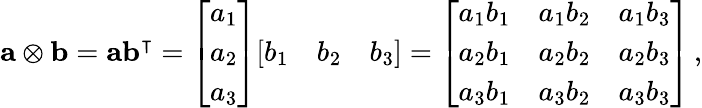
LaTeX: \mathbf{a}\otimes\mathbf{b}=\mathbf{a}\mathbf{b}^{\intercal}={\left[\begin{array}{l}{a_{1}}\\ {a_{2}}\\ {a_{3}}\end{array}\right]}{\left[\begin{array}{lll}{b_{1}}&{b_{2}}&{b_{3}}\end{array}\right]}={\left[\begin{array}{lll}{a_{1}b_{1}}&{a_{1}b_{2}}&{a_{1}b_{3}}\\ {a_{2}b_{1}}&{a_{2}b_{2}}&{a_{2}b_{3}}\\ {a_{3}b_{1}}&{a_{3}b_{2}}&{a_{3}b_{3}}\end{array}\right]}\, ,